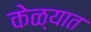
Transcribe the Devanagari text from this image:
केळ्यात